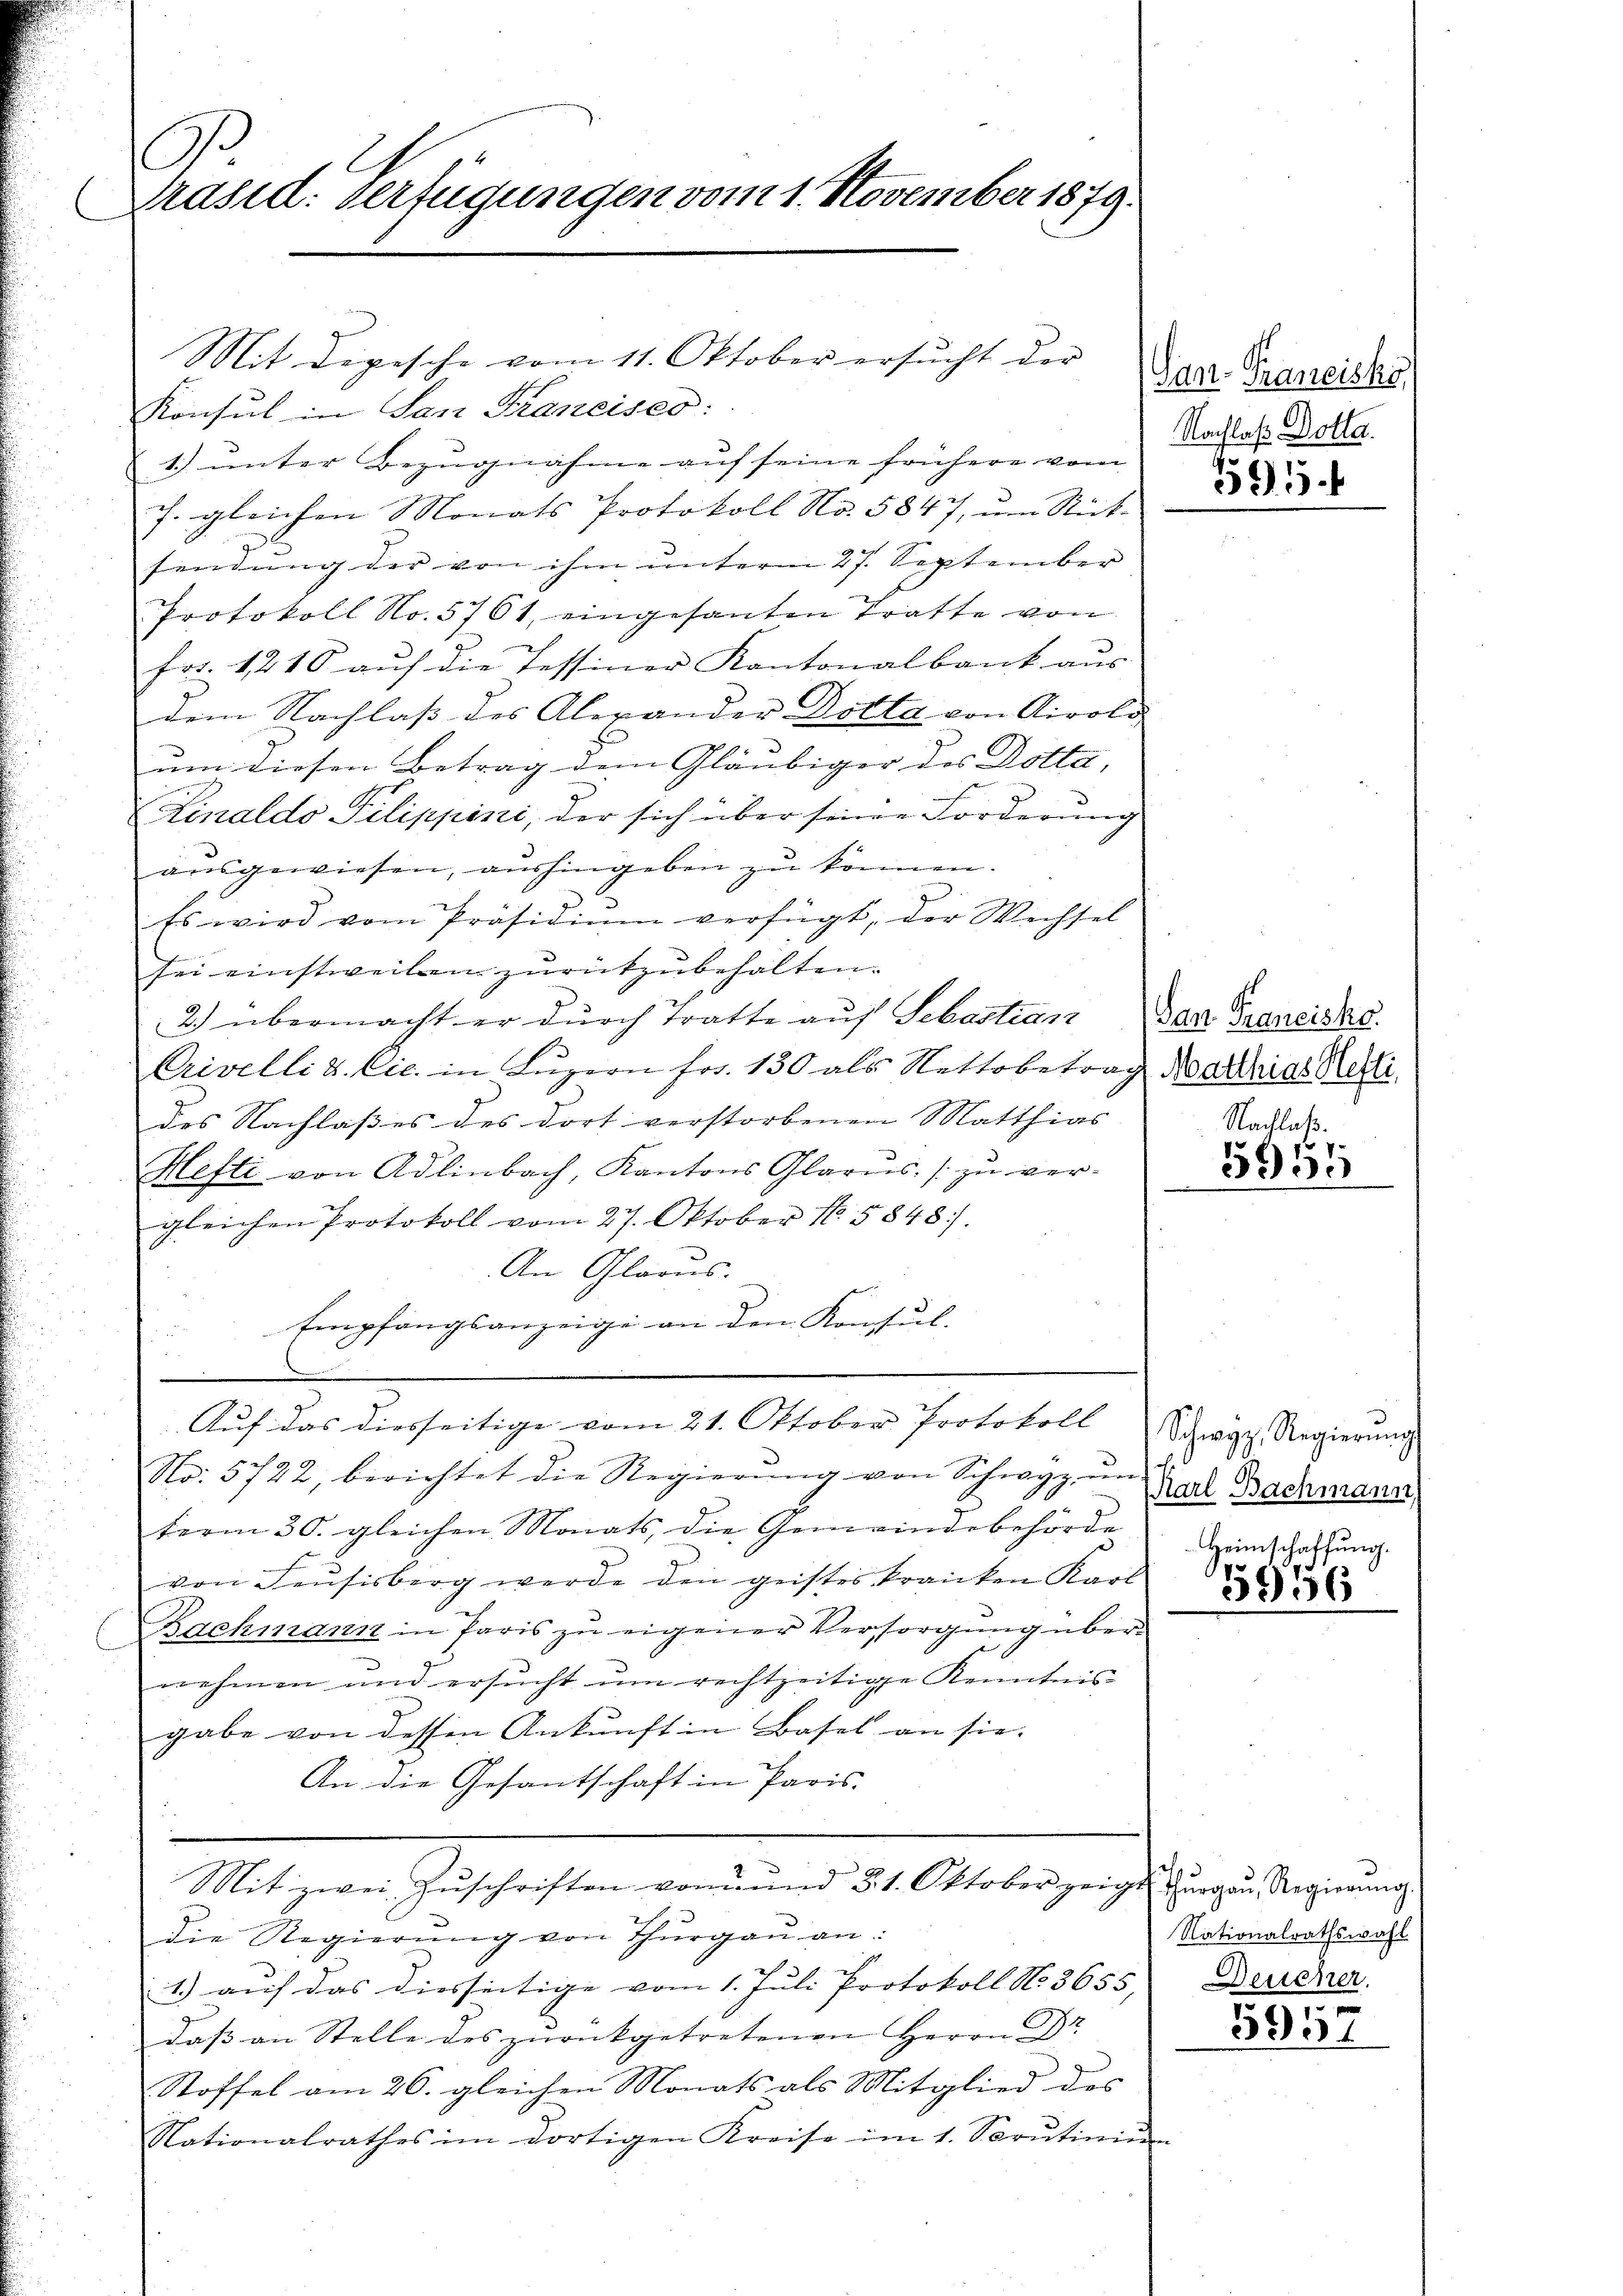
l
Präsid: Verfügungen vom 1. November 1879.

Konsul in San Francises:
1.) unter Bezugnahme auf seine frühere vom
7. gleichen Monats Protokoll No. 5847, um Rück-
sendung der von ihm unterm 27. September
Protokoll No. 5761, eingesanten Tratte von
frs. 1218 aŭf die Tessiner Kantonalbank aŭs
dem Nachlass des Alexander Dotta von Airolo
um diesen Betrag dem Gläubiger des Dotta-
A.
Zinaldo Pilippini, der sich über seine Forderung
ausgewiesen, aushingeben zu können.
Es wird vom Präsidiŭm verfügt, der Wechsel
sei einstweilen zurückzubehalten.
2) übermacht er durch Tratte auf Sebastian
Crivelli d. lic. in Luzern Fr. 150 als Nettobetrag Mariat Reli
des Nachlasses des dort verstorbenen Matthias
Hefti von Adlinbach, Kantons Glarus zu ver-
gleichen Protokoll vom 27. Oktober 185848.
An Glarus.
Empfangsanzeige an den Konsul-
d
Auf das diesseitige vom 21. Oktober Protokoll
No. 5722, berichtet die Regierŭng von Schwyz un
term 30. gleichen Monats, die Gemeindebehörde
von Feusisberg werde den geistes kranken Karl
Bachmann in Paris zu eigener Versorgung übernehmen und ersucht um rechtzeitige Kenntnis-
gabe von dessen Ankunft in Basel an sie
An die Gesantschaft in Paris.
Mit zwei Zŭschriften vormŭnd §. 1. Oktober zeige
die Regierŭng von Thŭrgaŭ an:
1) auf das diesseitige vom 1. Juli Protokoll No. 3655,
daβ an Stelle des zŭrückgetretenen Herrn Dr
Stoffel am 26. gleichen Monats als Mitglied des
Nationalrathes im dortigen Kreise im 1. Scrutinie

Mit Dipesche vom 11. Oktober ersŭcht der

San-Trancisko
Nachlaß Dotta.

595.

San Francisko.
Nachlaß.

5951

Schwyz, Regierŭng
Karl Bachmann
Heimschaffung.

5956

Thurgau, Regierung.
Nationalrathswahl
Deucher.

395.